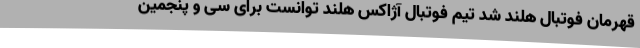
قهرمان فوتبال هلند شد تیم فوتبال آژاکس هلند توانست برای سی و پنجمین